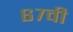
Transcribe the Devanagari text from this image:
६७वी